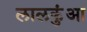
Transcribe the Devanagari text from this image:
लालकुंआ